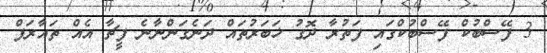
3 ފޭސްބުކް ފޭސްބުކްގައި ފަތުރާ ދޮގު ޚަބަރުތައް ދަނެގަންނާނެ ފީޗާ އެއް ތައާރަފް